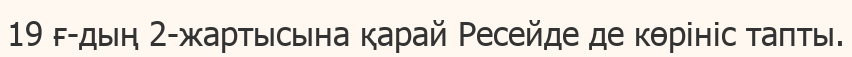
19 ғ-дың 2-жартысына қарай Ресейде де көрініс тапты.